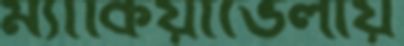
ম্যাকিয়াভেলীয়